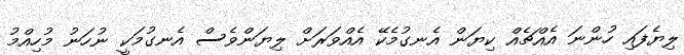
ލިޔެފައި ހުންނަ އެއްޗެއް ކިޔަން އެނގުމެކޭ އެއްވަރަށް ލިޔަންވެސް އެނގުމަކީ ނުހަނު މުހިއްމު